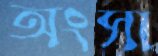
অংসা